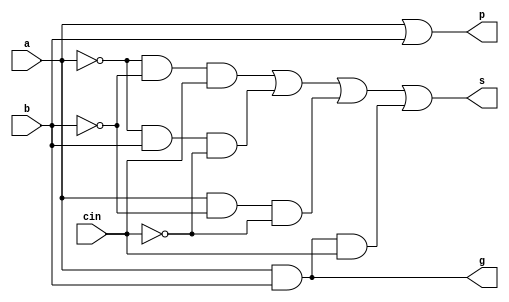
module fulladder_dataflow(a, b, cin, s, p, g);
	input a, b, cin;
	output s, p, g;
	
	//assign s = (~a&&(~b||cin + b||~cin)) + (a&&((~b&&~cin) + (b&&cin)));
    assign s =(~a&&~b&&cin)||(~a&&b&&~cin)||(a&&~b&&~cin)||(a&&b&&cin);
	assign p = a || b;
	assign g = a&&b;

endmodule